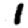
Digit: 1